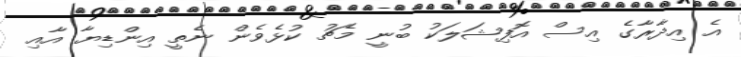
އެ އިދާރާގެ އިސް އޮފިޝަލަކު ބުނީ މެޗު ކުޅެވެން ނެތީ އިންޑިޔާ އާއި